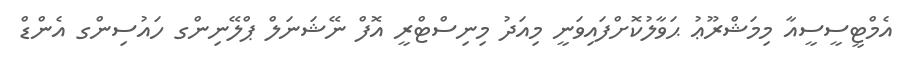
އެމްޓީސީސީއާ މިމަޝްރޫޢު ޙަވާލުކޮށްފައިވަނީ މިއަދު މިނިސްޓްރީ އޮފް ނޭޝަނަލް ޕްލޭނިންގ ހައުސިންގ އެންޑް